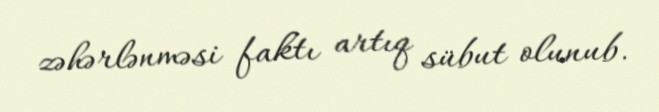
zəhərlənməsi faktı artıq sübut olunub.